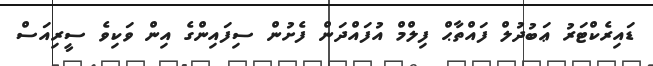
ޑައިރެކްޓަރު ޢަބުދުލް ފައްތާޙް ފިލްމް އުފައްދަން ފެށުން ސިފައިންގެ އިން ވަކިވެ ސީރިއަސް